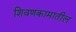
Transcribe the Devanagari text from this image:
शिवणकामातील